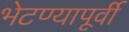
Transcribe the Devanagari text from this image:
भेटण्यापूर्वी